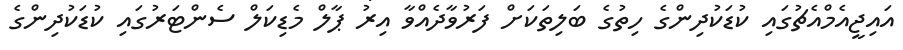
އައިޖީއެމްއެޗުގައި ކުޑަކުދިންގެ ހިތުގެ ބަލިތަކަށް ފަރުވާދެއްވާ އިރު ޕާލް މެޑިކަލް ސެންޓަރުގައި ކުޑަކުދިންގެ